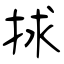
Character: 捄